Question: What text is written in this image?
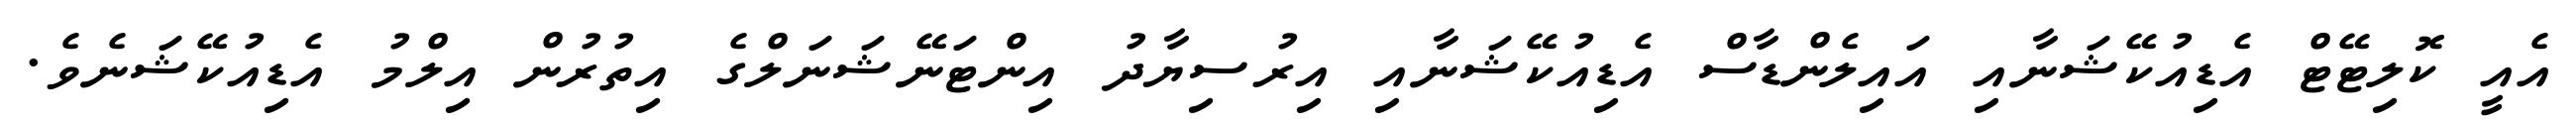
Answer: އެއީ ކޮލިޓޭޓް އެޑިއުކޭޝަނާއި އައިލެންޑާސް އެޑިއުކޭޝަނާއި އިރުސިޔާދު އިންޓަނޭޝަނަލްގެ އިތުރުން އިލްމު އެޑިއުކޭޝަނެވެ.